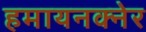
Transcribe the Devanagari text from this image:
हमायनक्नेर